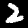
Label: 2